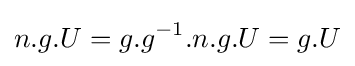
n.g.U=g.g^{-1}.n.g.U=g.U